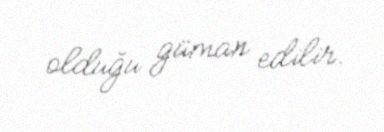
olduğu güman edilir.